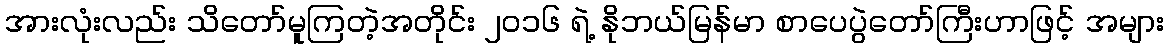
အားလုံးလည်း သိတော်မူကြတဲ့အတိုင်း ၂ဝ၁၆ ရဲ့ နိုဘယ်မြန်မာ စာပေပွဲတော်ကြီးဟာဖြင့် အများ